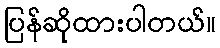
ပြန်ဆိုထားပါတယ်။